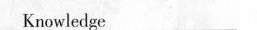
Knowledge___